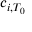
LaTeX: c _ { i , T _ { 0 } }